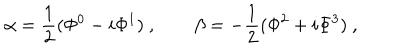
LaTeX: \alpha = \frac 1 2 ( \Phi ^ { 0 } - i \Phi ^ { 1 } ) \ , \qquad \beta = - \frac 1 2 ( \Phi ^ { 2 } + i \Phi ^ { 3 } ) \ , \qquad